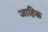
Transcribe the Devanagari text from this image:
जाहिक